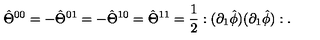
\hat { \Theta } ^ { 0 0 } = - \hat { \Theta } ^ { 0 1 } = - \hat { \Theta } ^ { 1 0 } = \hat { \Theta } ^ { 1 1 } = \frac { 1 } { 2 } : ( \partial _ { 1 } \hat { \phi } ) ( \partial _ { 1 } \hat { \phi } ) : .